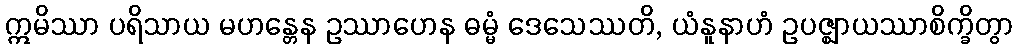
ဣမိဿာ ပရိသာယ မဟန္တေန ဥဿာဟေန ဓမ္မံ ဒေသေဿတိ, ယံနူနာဟံ ဥပဇ္ဈာယဿာစိက္ခိတွာ